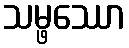
သမ္ဖဿော